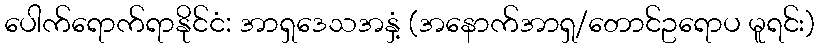
ပေါက်ရောက်ရာနိုင်ငံ: အာရှဒေသအနှံ့ (အနောက်အာရှ/တောင်ဥရောပ မူရင်း)